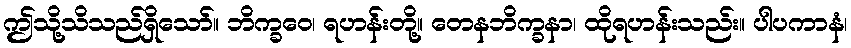
ဤသို့သိသည်ရှိသော်။ ဘိက္ခဝေ၊ ရဟန်းတို့။ တေနဘိက္ခနာ၊ ထိုရဟန်းသည်း။ ပါပကာနံ၊